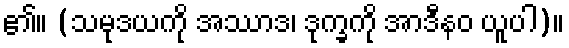
၏။ (သမုဒယကို အဿာဒ၊ ဒုက္ခကို အာဒီနဝ ယူပါ)။